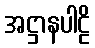
အဋ္ဌာနပါဠိ